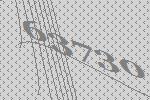
63730